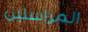
المراسلين